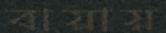
বায়ায়